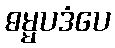
ဓမ္မပဒံပေ